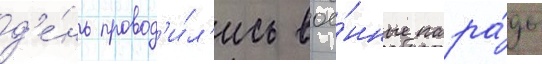
д'е́нь провод'и́л'ись вое́нные пара́ды